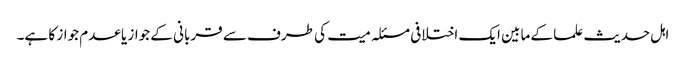
اہل حدیث علما کے مابین ایک اختلافی مسئلہ میت کی طرف سے قربانی کے جواز یا عدم جواز کا ہے۔